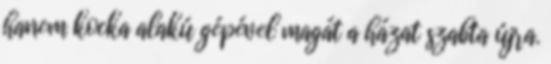
hanem kocka alakú gépével magát a házat szabta újra.